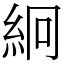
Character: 絅